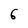
Character: 6